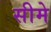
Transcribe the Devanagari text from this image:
सीमे